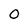
Character: O